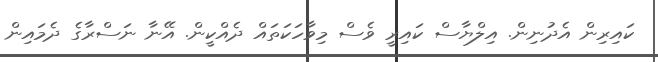
ކައިރިން އެދުނިން. އިލްޔާސް ކައިރީ ވެސް މިވާހަކަތައް ދެއްކީން. އޭނާ ނަސްރާގެ ދެމައިން